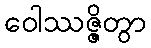
ဝေါဿဇ္ဇိတွာ